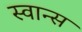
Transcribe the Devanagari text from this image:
स्वान्स